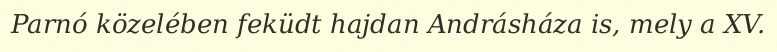
Parnó közelében feküdt hajdan Andrásháza is, mely a XV.